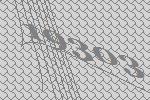
19303